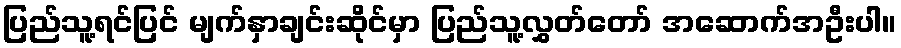
ပြည်သူ့ရင်ပြင် မျက်နှာချင်းဆိုင်မှာ ပြည်သူ့လွှတ်တော် အဆောက်အဦးပါ။